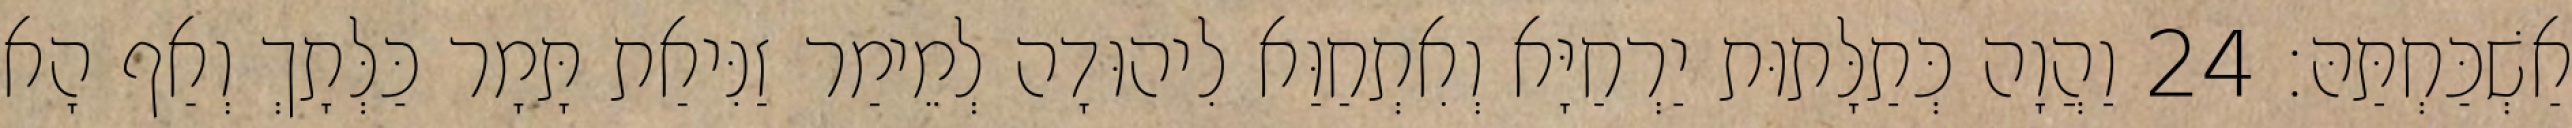
אַשְׁכַּחְתַּהּ׃ 24 וַהֲוָה כְּתַלָּתוּת יַרְחַיָּא וְאִתְחַוַּא לִיהוּדָה לְמֵימַר זַנִּיאַת תָּמָר כַּלְּתָךְ וְאַף הָא